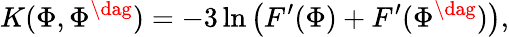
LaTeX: K(\Phi,\Phi^{\dag})=-3\ln\big(F^{\prime}(\Phi)+F^{\prime}(\Phi^{\dag})\big),